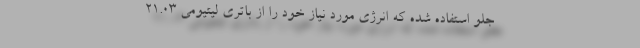
جلو استفاده شده که انرژی مورد نیاز خود را از باتری لیتیومی 21.03